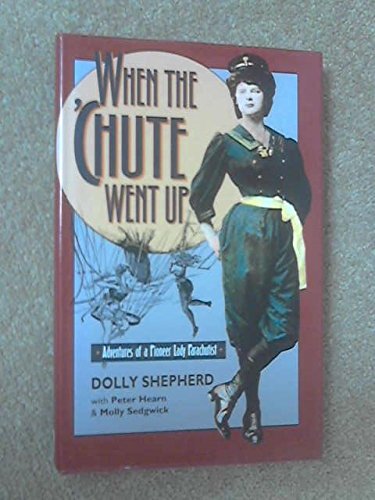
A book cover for When the 'Chute Went Up: Adventures of a Pioneer Lady Parachutist; Dolly Shepherd; Sports & Outdoors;